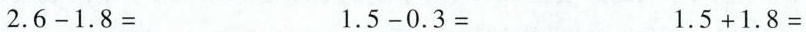
$$2.6-1.8=$$ $$1.5-0.3=$$ $$1.5+1.8=$$